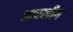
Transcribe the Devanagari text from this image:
आरलीग